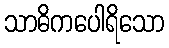
သာဓိကပေါရိသော